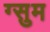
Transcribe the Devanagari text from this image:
ग्सुम